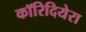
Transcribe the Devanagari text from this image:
कॉरिदियेरा